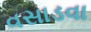
વસાડવા